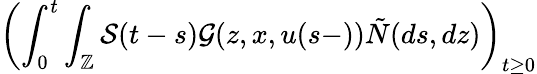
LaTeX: \displaystyle\left(\int_{0}^{t}\int_{\mathbb{Z}}\mathcal{S}(t-s)\mathcal{G}(z,x,u(s-))\tilde{N}(ds,dz)\right)_{t\geq 0}